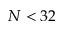
N < 3 2